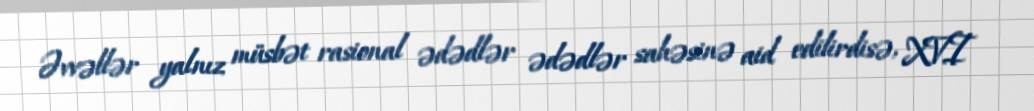
Əvvəllər yalnız müsbət rasional ədədlər ədədlər sahəsinə aid edilirdisə, XVI